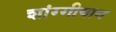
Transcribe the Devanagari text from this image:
शांग्गीयान